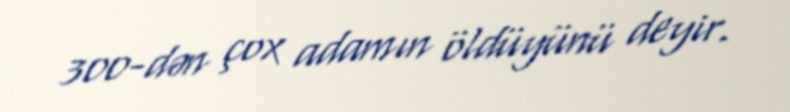
300-dən çox adamın öldüyünü deyir.